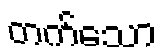
တက်သော